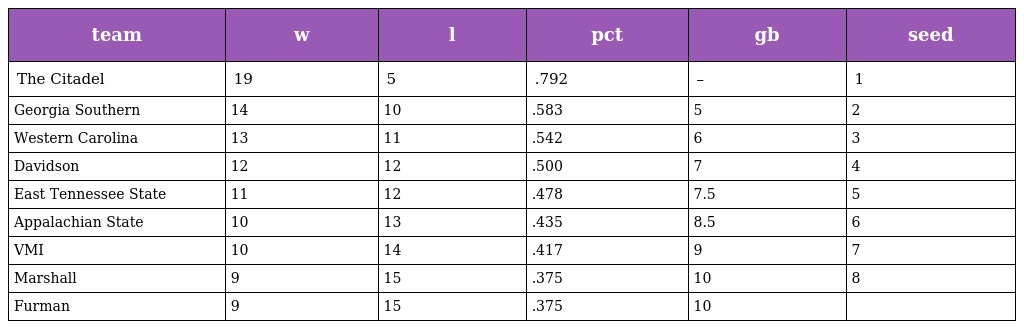
| team | w | l | pct | gb | seed |
 | --- | --- | --- | --- | --- | --- |
 | The Citadel | 19 | 5 | .792 | – | 1 |
 | Georgia Southern | 14 | 10 | .583 | 5 | 2 |
 | Western Carolina | 13 | 11 | .542 | 6 | 3 |
 | Davidson | 12 | 12 | .500 | 7 | 4 |
 | East Tennessee State | 11 | 12 | .478 | 7.5 | 5 |
 | Appalachian State | 10 | 13 | .435 | 8.5 | 6 |
 | VMI | 10 | 14 | .417 | 9 | 7 |
 | Marshall | 9 | 15 | .375 | 10 | 8 |
 | Furman | 9 | 15 | .375 | 10 |  |